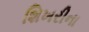
શિખરીના